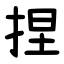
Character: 捏